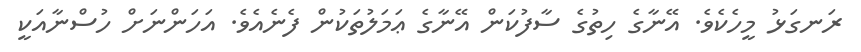
ރަނގަޅު މީހެކެވެ. އޭނާގެ ހިތުގެ ސާފުކަން އޭނާގެ ޢަމަލުތަކުން ފެނެއެވެ. އަހަންނަށް ހުސްނާއަކީ